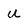
Character: u